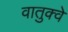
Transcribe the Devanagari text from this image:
वातुक्वे